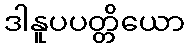
ဒါနူပပတ္တိယော